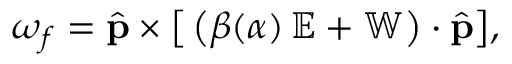
\boldsymbol { \omega } _ { f } = \hat { \mathbf { p } } \times \big [ \left( \beta ( \alpha ) \, { \mathbb { E } } + { \mathbb { W } } \right) \cdot { \hat { \mathbf p } } \big ] ,